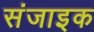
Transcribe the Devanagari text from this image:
संजाइक